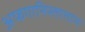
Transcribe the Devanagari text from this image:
अफगानिस्तातान